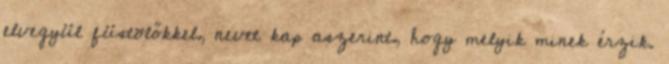
elvegyül füstölőkkel, nevet kap aszerint, hogy melyik minek érzik.